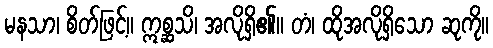
မနသာ၊ စိတ်ဖြင့်။ ဣစ္ဆသိ၊ အလိုရှိ၏။ တံ၊ ထိုအလိုရှိသော ဆုကို။